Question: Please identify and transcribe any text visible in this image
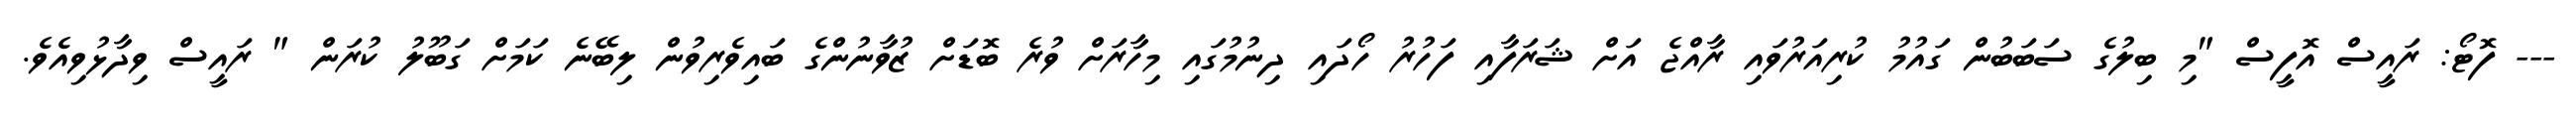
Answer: --- ފޮޓޯ: ރައީސް އޮފީސް "މި ބިލުގެ ސަބަބުން ގައުމު ކުރިއަރުވައި ރާއްޖެ އަށް ޝަރަފާއި ފަހުރު ހޯދައި ދިނުމުގައި މިހާރަށް ވުރެ ބޮޑަށް ޒުވާނުންގެ ބައިވެރިވުން ލިބޭނެ ކަމަށް ގަބޫލު ކުރަން " ރައީސް ވިދާޅުވިއެވެ.